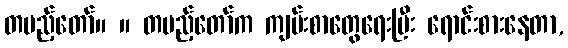
တပည့်တော်။ ။ တပည့်တော်က ကျမ်းစာတွေရေးပြီး ရောင်းစားနေတာ,